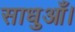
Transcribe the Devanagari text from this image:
साधुआँ।